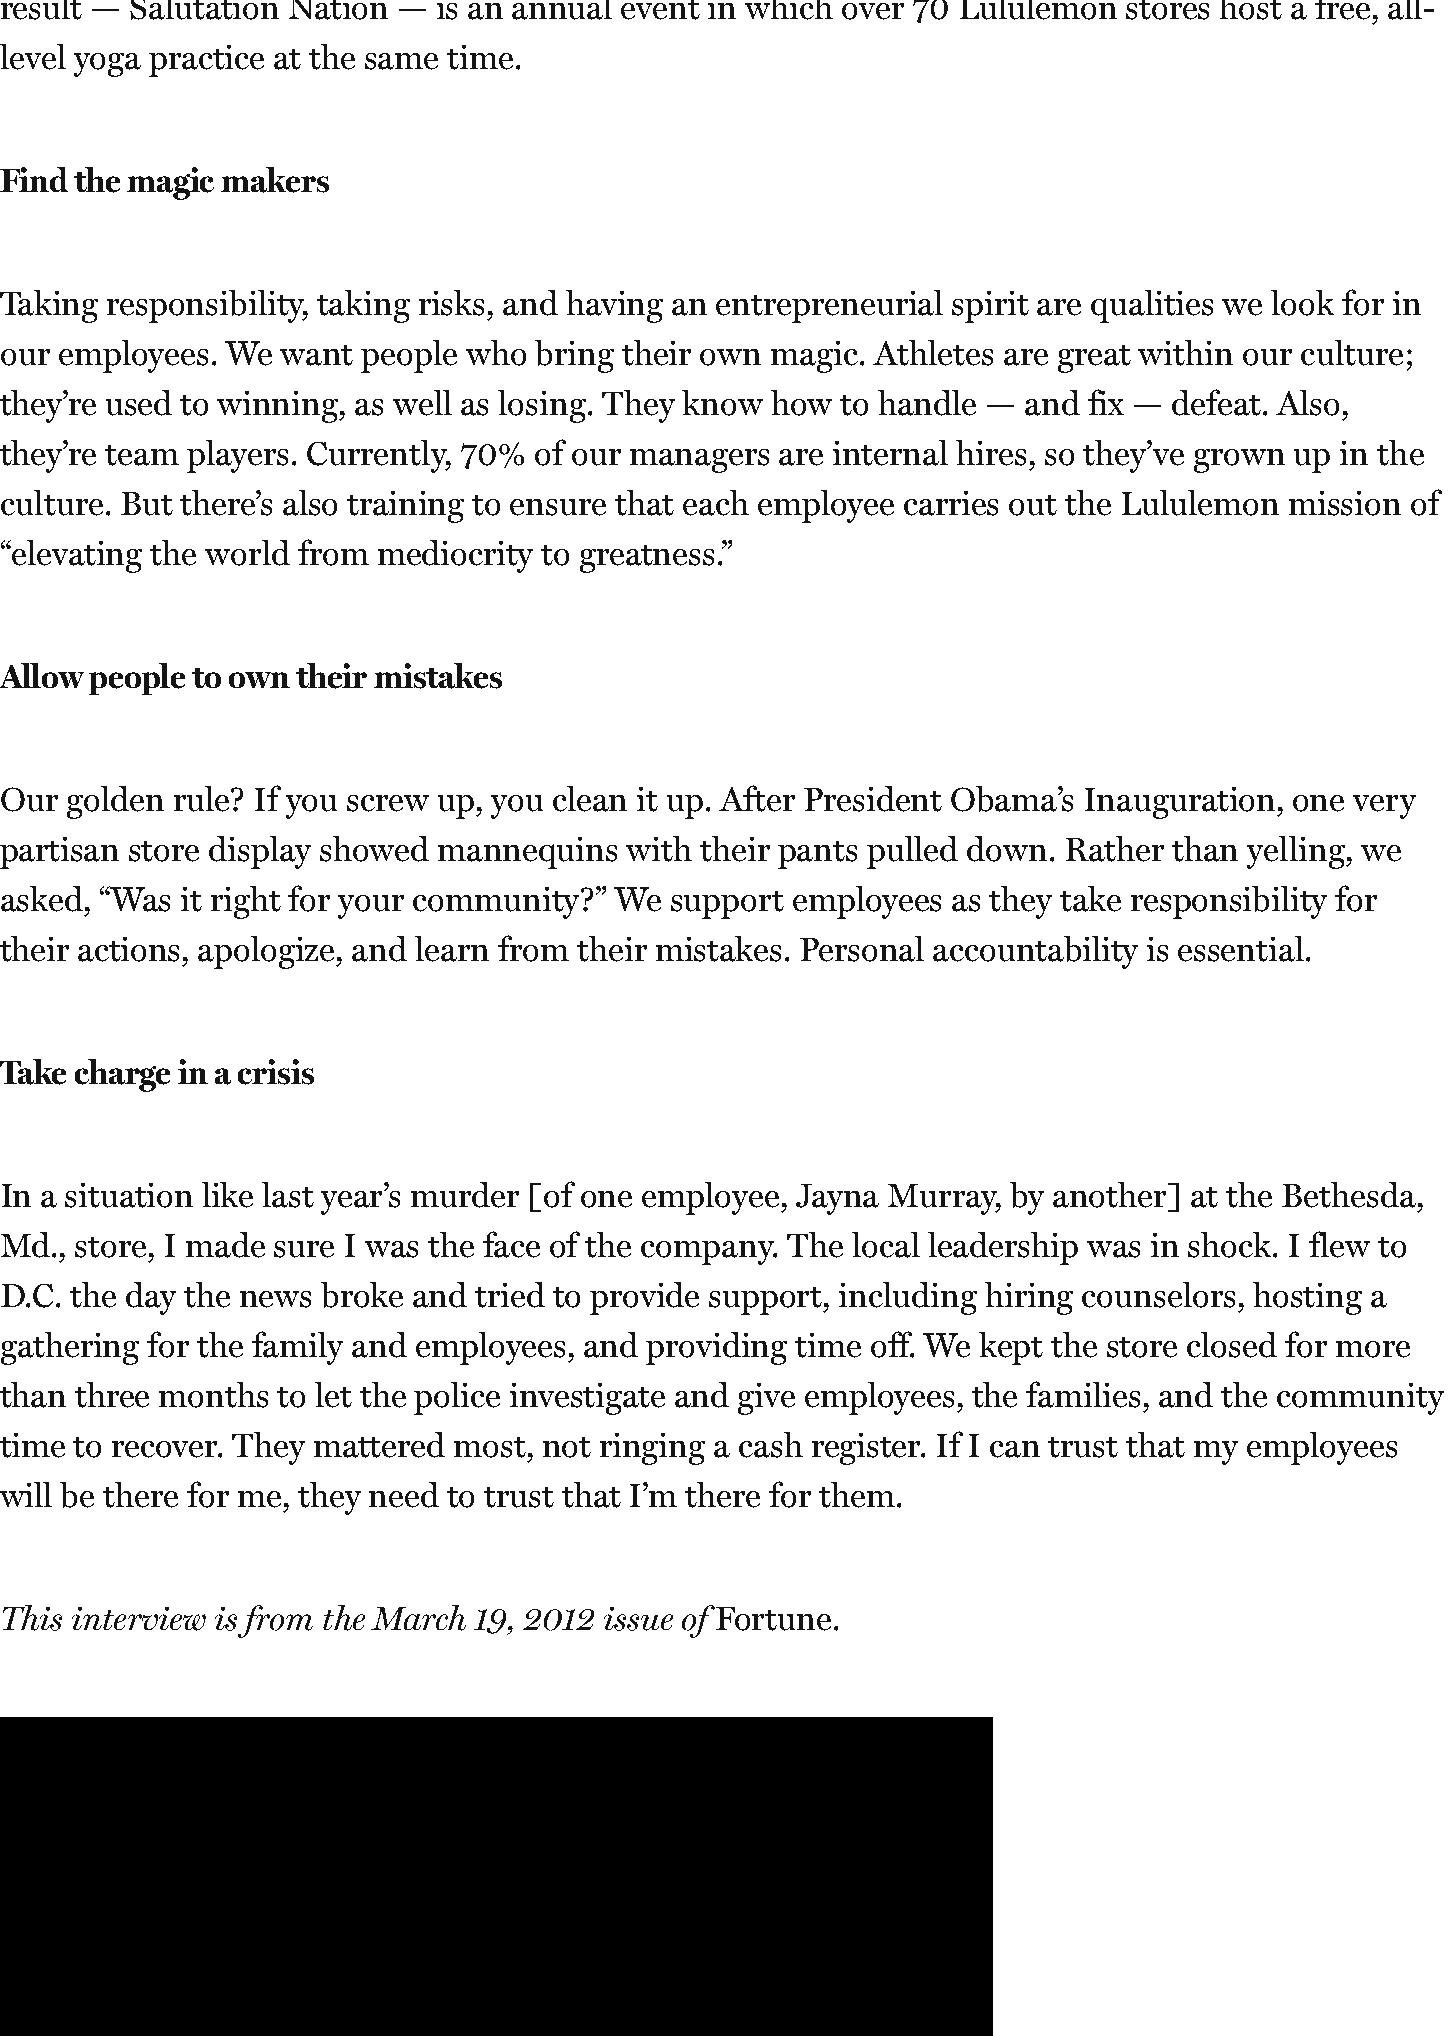
result — Salutation Nation — is an annual event in which over 70 Lululemon stores host a free, all-
 level yoga practice at the same time.
 Find the magic makers
 Taking responsibility, taking risks, and having an entrepreneurial spirit are qualities we look for in
 our employees. We  want people who bring their own magic. Athletes are great within our culture;
 they’re used to winning, as well as losing. They know how to handle — and fix — defeat. Also,
 they’re team players. Currently, 70% of our managers are internal hires, so they’ve grown up in the
 culture. But there’s also training to ensure that each employee carries out the Lululemon mission of
 “elevating the world from mediocrity to greatness.”
 Allow people to own their mistakes
 Our golden rule? If you screw up, you clean it up. After President Obama’s Inauguration, one very
 partisan store display showed mannequins  with their pants pulled down. Rather than yelling, we
 asked, “Was it right for your community?” We support employees as they take responsibility for
 their actions, apologize, and learn from their mistakes. Personal accountability is essential.
 Take charge in a crisis
 In a situation like last year’s murder [of one employee, Jayna Murray, by another] at the Bethesda,
 Md., store, I made sure I was the face of the company. The local leadership was in shock. I flew to
 D.C. the day the news broke and tried to provide support, including hiring counselors, hosting a
 gathering for the family and employees, and providing time off. We kept the store closed for more
 than three months to let the police investigate and give employees, the families, and the community
 time to recover. They mattered most, not ringing a cash register. If I can trust that my employees
 will be there for me, they need to trust that I’m there for them.
 This interview is from the March 19, 2012 issue of Fortune.